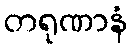
တရုဏာနံ